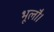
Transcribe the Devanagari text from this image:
भूलौ।